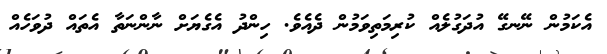
އެކަމުން ނޭނގޭ އުދަގުލެއް ކުރިމަތިވަމުން ދެއެވެ. ހިންދު އެގެޔަށް ނާންނަތާ އެތައް ދުވަހެއް